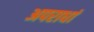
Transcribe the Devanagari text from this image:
अपराधां